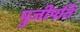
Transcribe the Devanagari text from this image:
पुजीपति